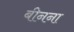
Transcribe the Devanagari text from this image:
बीनना